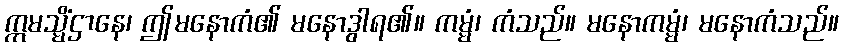
ဣမသ္မိံဌာနေ၊ ဤမနောကံ၏ မနောဒွါရ၏။ ကမ္မံ၊ ကံသည်။ မနောကမ္မံ၊ မနောကံသည်။